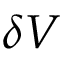
\delta V